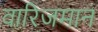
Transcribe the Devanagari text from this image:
वारिजमान